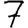
Digit: 7